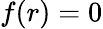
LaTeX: f(r)=0